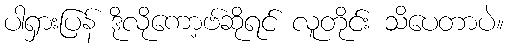
ပါရှားပြန် ဒိုလိုကော့ဗ်ဆိုရင် လူတိုင်း သိပေတာပဲ။